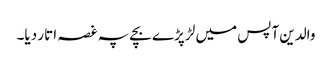
والدین آپس میں لڑ پڑے بچے پہ غصہ اتار دیا۔